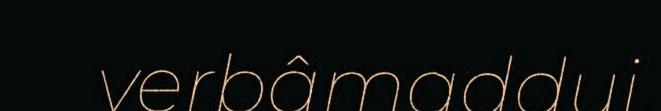
verbâmaddui.